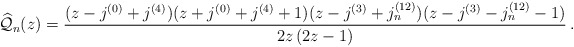
\begin{align*}{\widehat{\mathcal{Q}}_n}(z) = \frac{(z-j^{(0)}+j^{(4)})(z+j^{(0)}+j^{(4)}+1)(z-j^{(3)}+j_n^{(12)})(z-j^{(3)}-j_n^{(12)}-1)}{2z\,(2z-1)}\,.\end{align*}